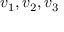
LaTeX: v _ { 1 } , v _ { 2 } , v _ { 3 }